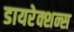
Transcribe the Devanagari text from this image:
डायरेक्शन्स